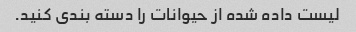
لیست داده شده از حیوانات را دسته بندی کنید.